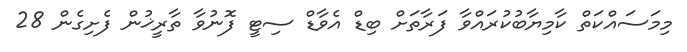
މިމަސައްކަތް ކާމިޔާބުކުރައްވާ ފަރާތަށް ބިޑް އެވާޑް ސިޓީ ފޮނުވާ ތާރީޚުން ފެށިގެން 28